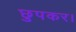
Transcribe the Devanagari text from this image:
छुपकर।